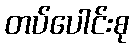
တပ်ပေါင်းစု